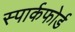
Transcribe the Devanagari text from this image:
स्पार्कफोर्ड